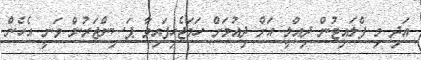
އަދި މި ފްލައިޓުން ދިއްލީ އަށް ދިއުމަށް ހަމަޖެހިފައިވާ ޕަސިންޖަރުން ވަނީ އެހެން